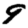
Digit: 9